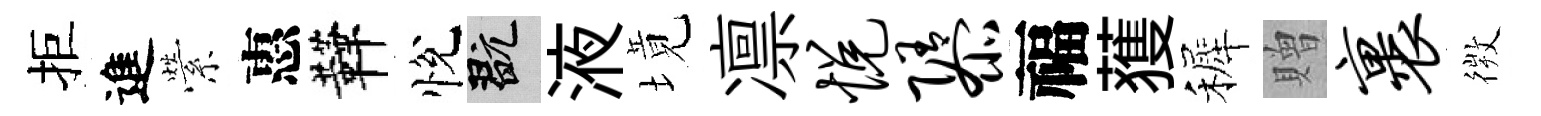
拒進縈惠鞾悅玩液境凛悦隳福𫉬裤贈裹𢕄